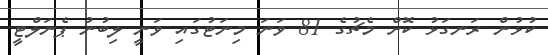
ކުޅުން ރަނގަޅު ކޮށް މެޗުގެ 81 ވަނަ މިނަޓުގައި ވަނީ ލިބުނު ޕެނަލްޓީ